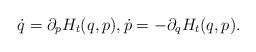
LaTeX: \begin{align*}\dot{q} = \partial_p H_t(q,p), \dot{p} = -\partial_q H_t(q,p). \end{align*}